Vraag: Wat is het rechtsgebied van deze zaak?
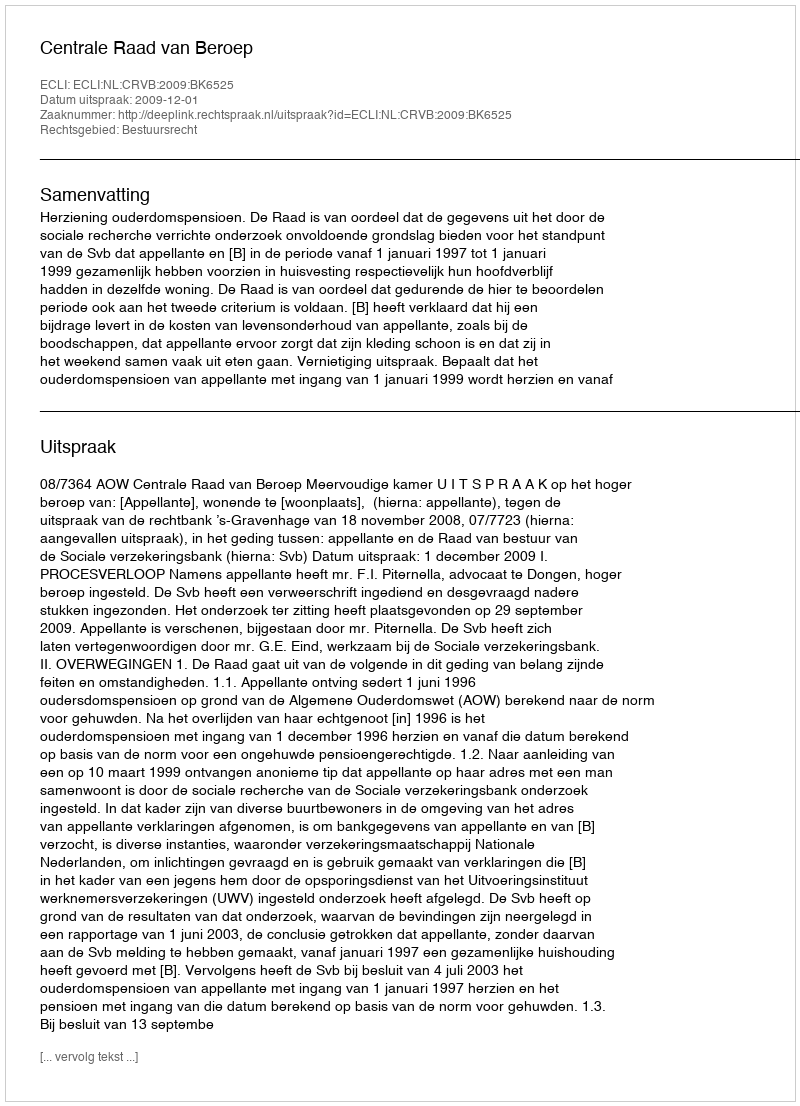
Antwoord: Bestuursrecht